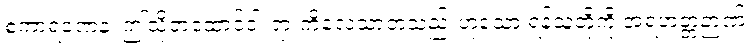
စကာရဏေန၊ ဤသို့တထောင်ငါးရားကိလေသာတသည်းဟူသော ရန်သူတို့ကို အရဟတ္တဉာဏ်